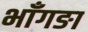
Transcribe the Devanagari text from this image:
भाँगङा